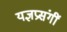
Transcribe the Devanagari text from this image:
यज्ञप्रसंगीं